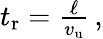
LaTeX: \begin{array}{r}{t_{\mathrm{r}}=\frac{\ell}{v_{\mathrm{u}}}\, ,}\end{array}